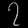
Digit: ၇